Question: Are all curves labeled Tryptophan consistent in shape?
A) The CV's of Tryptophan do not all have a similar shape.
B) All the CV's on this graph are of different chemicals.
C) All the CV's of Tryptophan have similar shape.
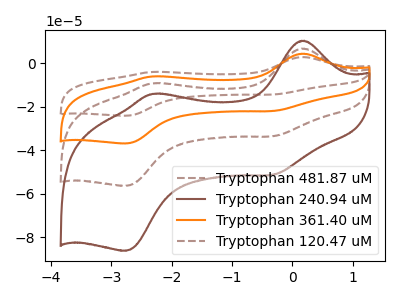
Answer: <think>The brown dashed curve "Tryptophan 481.87 uM" has anodic peaks at (0.20V, 20.50uA) (-2.30V, -27.45uA) and cathodic peaks at (-0.35V, -100.55uA) (-2.75V, -168.95uA). The brown curve "Tryptophan 240.94 uM" has anodic peaks at (0.20V, 10.45uA) (-2.30V, -14.00uA) and cathodic peaks at (-0.35V, -51.25uA) (-2.75V, -86.15uA). The orange curve "Tryptophan 361.40 uM" has anodic peaks at (0.20V, 13.65uA) (-2.30V, -18.30uA) and cathodic peaks at (-0.35V, -67.05uA) (-2.75V, -112.65uA). The brown dashed curve "Tryptophan 120.47 uM" has anodic peaks at (0.20V, 6.85uA) (-2.30V, -9.15uA) and cathodic peaks at (-0.35V, -33.50uA) (-2.75V, -56.30uA).
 All the peaks in "Tryptophan 481.87 uM" have a peak in "Tryptophan 240.94 uM" at the same potential. All the peaks in "Tryptophan 481.87 uM" have a peak in "Tryptophan 361.40 uM" at the same potential. All the peaks in "Tryptophan 481.87 uM" have a peak in "Tryptophan 120.47 uM" at the same potential. All the peaks in "Tryptophan 240.94 uM" have a peak in "Tryptophan 361.40 uM" at the same potential. All the peaks in "Tryptophan 240.94 uM" have a peak in "Tryptophan 120.47 uM" at the same potential. All the peaks in "Tryptophan 361.40 uM" have a peak in "Tryptophan 120.47 uM" at the same potential.</think>
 <answer>C) All the CV's of "Tryptophan" have similar shape.</answer>
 <eval>C</eval>